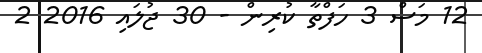
12 މަސް 3 ހަފްތާ ކުރިން - 30 ޖުލައި 2016 2